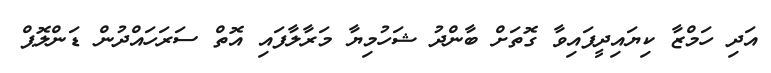
އަދި ހަމްޒާ ކިޔައިދީފައިވާ ގޮތަށް ބާންދު ޝަހުމިޔާ މަރާލާފައި އޮތް ސަރަހައްދުން ޑަންލޮޕް